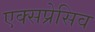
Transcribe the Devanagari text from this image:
एक्सप्रेसिव